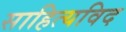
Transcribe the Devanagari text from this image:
साहित्यविद